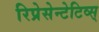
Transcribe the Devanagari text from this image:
रिप्रेसेन्टेटिव्स्